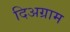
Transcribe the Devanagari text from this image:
दिअग्राम